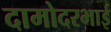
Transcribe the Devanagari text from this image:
दामोदरभाई